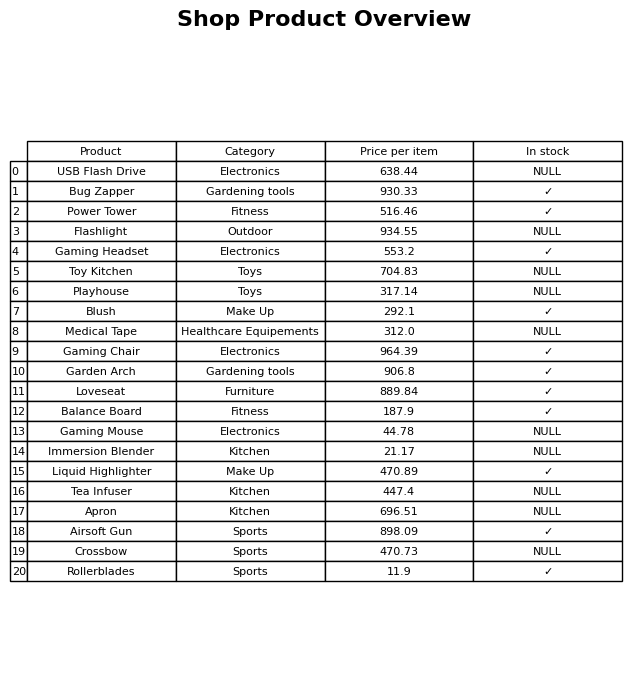
question: What is the price of the Crossbow?
answer: The price of Crossbow is 470.73.